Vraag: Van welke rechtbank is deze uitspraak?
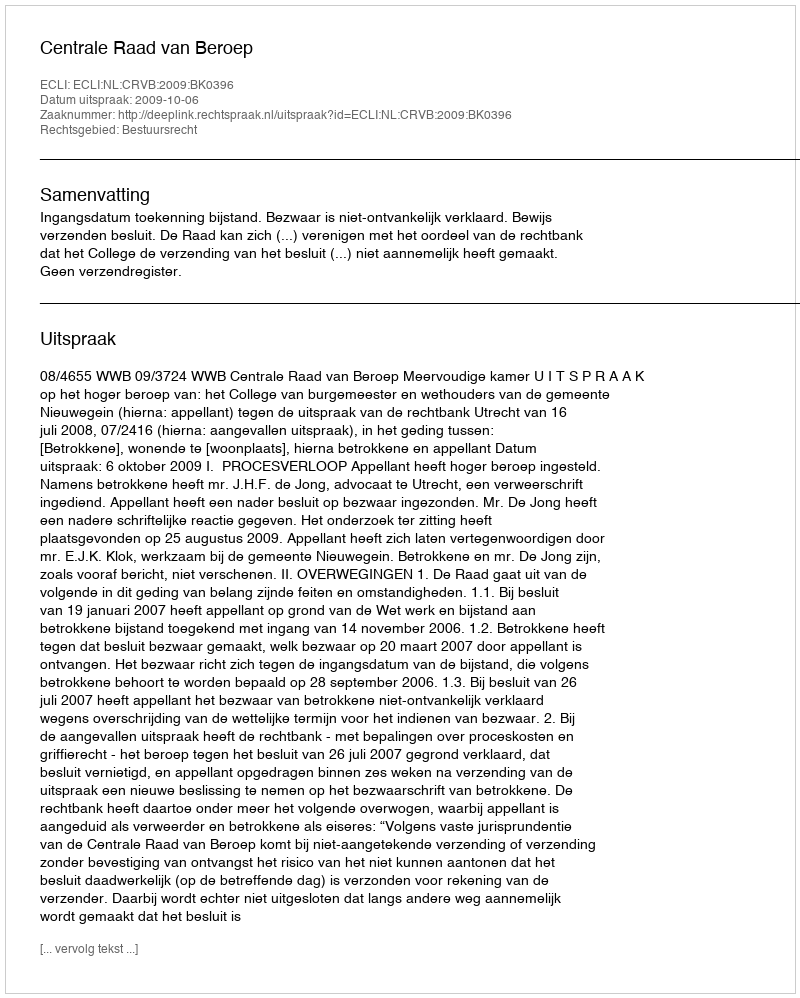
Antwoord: Centrale Raad van Beroep